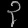
Digit: ၃